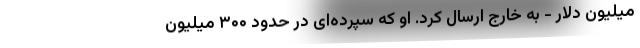
میلیون دلار - به خارج ارسال کرد. او که سپرده‌ای در حدود ۳۰۰ میلیون